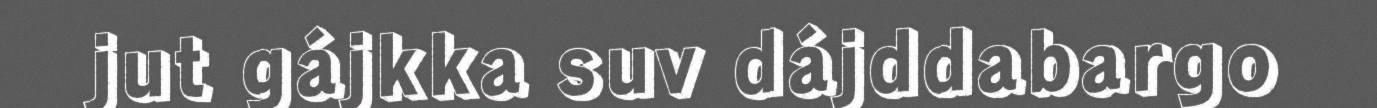
jut gájkka suv dájddabargo